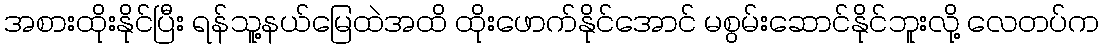
အစားထိုးနိုင်ပြီး ရန်သူ့နယ်မြေထဲအထိ ထိုးဖောက်နိုင်အောင် မစွမ်းဆောင်နိုင်ဘူးလို့ လေတပ်က